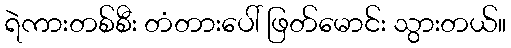
ရဲကားတစ်စီး တံတားပေါ် ဖြတ်မောင်း သွားတယ်။